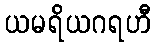
ယမရိယဂရဟီ